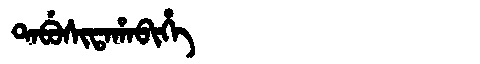
Manchu: ᡨᠠᠪᡠᠰᡳᡨᠠᡥᠠᠪᡳᡥᡝ
Romanization: TABUSITAHABIHE